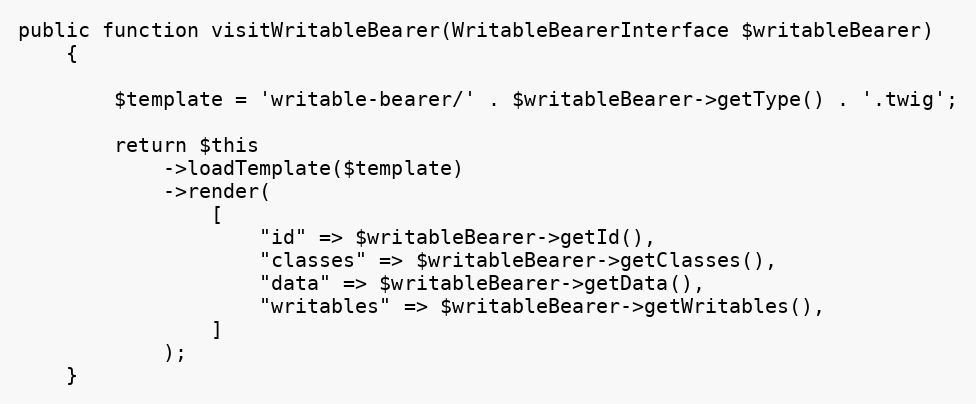
Language: PHP
public function visitWritableBearer(WritableBearerInterface $writableBearer)
    {

        $template = 'writable-bearer/' . $writableBearer->getType() . '.twig';

        return $this
            ->loadTemplate($template)
            ->render(
                [
                    "id" => $writableBearer->getId(),
                    "classes" => $writableBearer->getClasses(),
                    "data" => $writableBearer->getData(),
                    "writables" => $writableBearer->getWritables(),
                ]
            );
    }